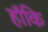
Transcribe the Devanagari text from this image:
हॉकि